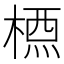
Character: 𣗇